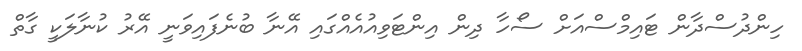
ހިންދުސްދާން ޓައިމްސްއަށް ސޯހާ ދިން އިންޓަވިއުއެއްގައި އޭނާ ބުނެފައިވަނީ އޭރު ކުނާލަކީ ގާތް